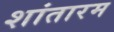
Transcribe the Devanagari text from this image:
शांतारम